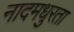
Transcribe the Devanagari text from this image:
नादमधुरता